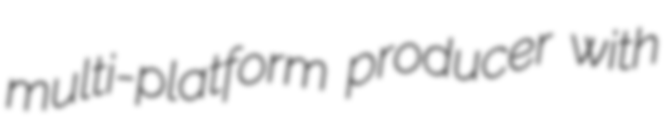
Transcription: multi-platform producer with